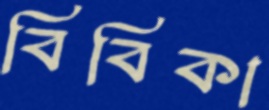
বিবিকা